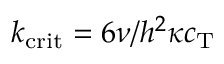
k _ { \mathrm { c r i t } } = 6 \nu / h ^ { 2 } \kappa c _ { \mathrm { T } }